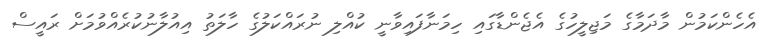
އެހެންކަމުން މާދަމާގެ މަޖިލީހުގެ އެޖެންޑާގައި ހިމަނާފައިވާނީ ކުއްލި ނުރައްކަލުގެ ހާލަތު އިއުލާނުކުރެއްވުމަށް ރައީސް